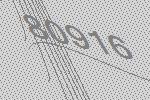
80916